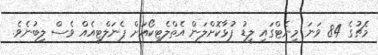
މެޗުގެ 84 ވަނަ މިނެޓްގައި ލީޑު ފުޅާކޮށްލަން އެތްލެޓިކޯއަށް ޕެނަލްޓީއެއް ވެސް ލިބުނެވެ.